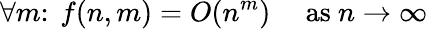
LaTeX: \forall m\colon~f(n,m)=O(n^{m})\quad{\mathrm{~as~}}n\to\infty